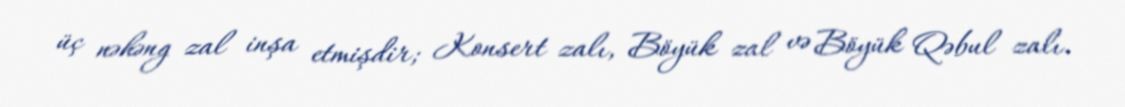
üç nəhəng zal inşa etmişdir; Konsert zalı, Böyük zal və Böyük Qəbul zalı.